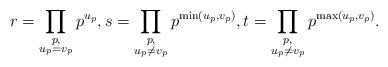
LaTeX: \begin{align*} r = \prod_{\substack{p,\\u_p = v_p}} p^{u_p}, s = \prod_{\substack{p,\\u_p \neq v_p}} p^{\min(u_p,v_p)}, t = \prod_{\substack{p,\\u_p \neq v_p}} p^{\max(u_p,v_p)}.\end{align*}